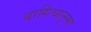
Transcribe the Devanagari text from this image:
बागिचानुमा